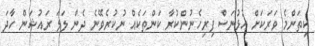
ކިތަންމެ ވަރަކަށް އުޅުނަސް ފިރިހެނުންކުރާ ކަންތަކެއް ނުކުރެވޭނެ ދެން ލަލަ ރައުޝަން ހާދަ